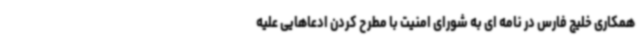
همکاری خلیج فارس در نامه ای به شورای امنیت با مطرح کردن ادعاهایی علیه